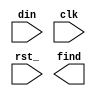
module monitor_1001 (din, clk, rst_, find);
    input din, clk, rst_ ;
    output reg find;
    reg[3:0] shift_d4;
    reg[1:0] statur_timer;

    task satur;
        
    endtask
    
endmodule